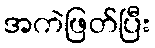
အကဲဖြတ်ပြီး